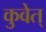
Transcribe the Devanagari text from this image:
कुवेत्